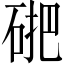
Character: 𱴃